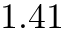
1 . 4 1